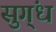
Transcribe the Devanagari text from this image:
सुग्ंध